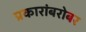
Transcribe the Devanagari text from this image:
प्रकारांबरोबर